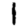
Digit: 1